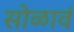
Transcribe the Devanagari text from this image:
सोळावं